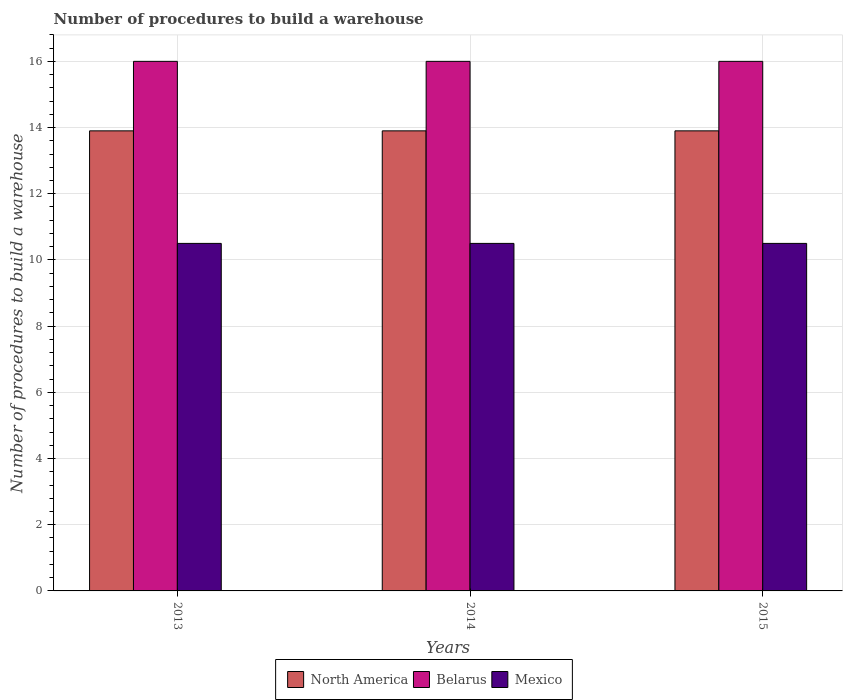
| Years | North America | Belarus | Mexico |
 | --- | --- | --- | --- |
 | 2013 | 13.9 | 16 | 10.5 |
 | 2014 | 13.9 | 16 | 10.5 |
 | 2015 | 13.9 | 16 | 10.5 |